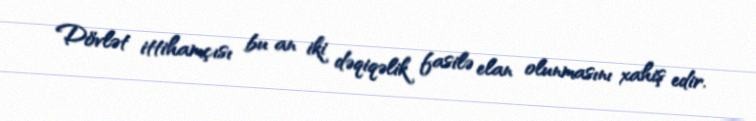
Dövlət ittihamçısı bu an iki dəqiqəlik fasilə elan olunmasını xahiş edir.